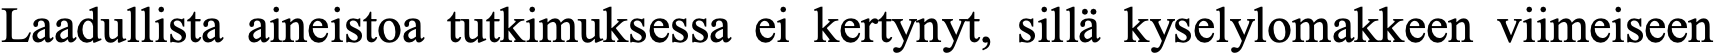
Laadullista aineistoa tutkimuksessa ei kertynyt, sillä kyselylomakkeen viimeiseen